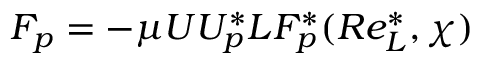
F _ { p } = - \mu U U _ { p } ^ { * } L F _ { p } ^ { * } ( R e _ { L } ^ { * } , \chi )